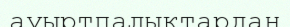
ауыртпалықтардан